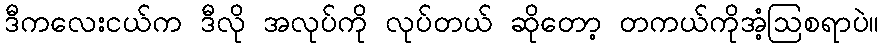
ဒီကလေးငယ်က ဒီလို အလုပ်ကို လုပ်တယ် ဆိုတော့ တကယ်ကိုအံ့ဩစရာပဲ။